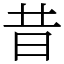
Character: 昔